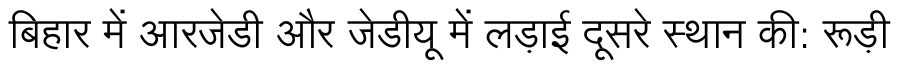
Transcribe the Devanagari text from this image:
बिहार में आरजेडी और जेडीयू में लड़ाई दूसरे स्थान की: रूड़ी